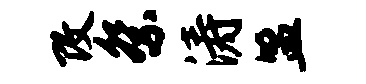
改祭涛盟